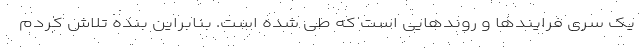
یک سری فرایندها و روندهایی است که طی شده است. بنابراین بنده تلاش کردم